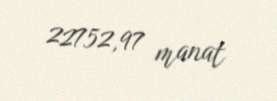
22752,97 manat